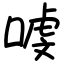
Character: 㗔